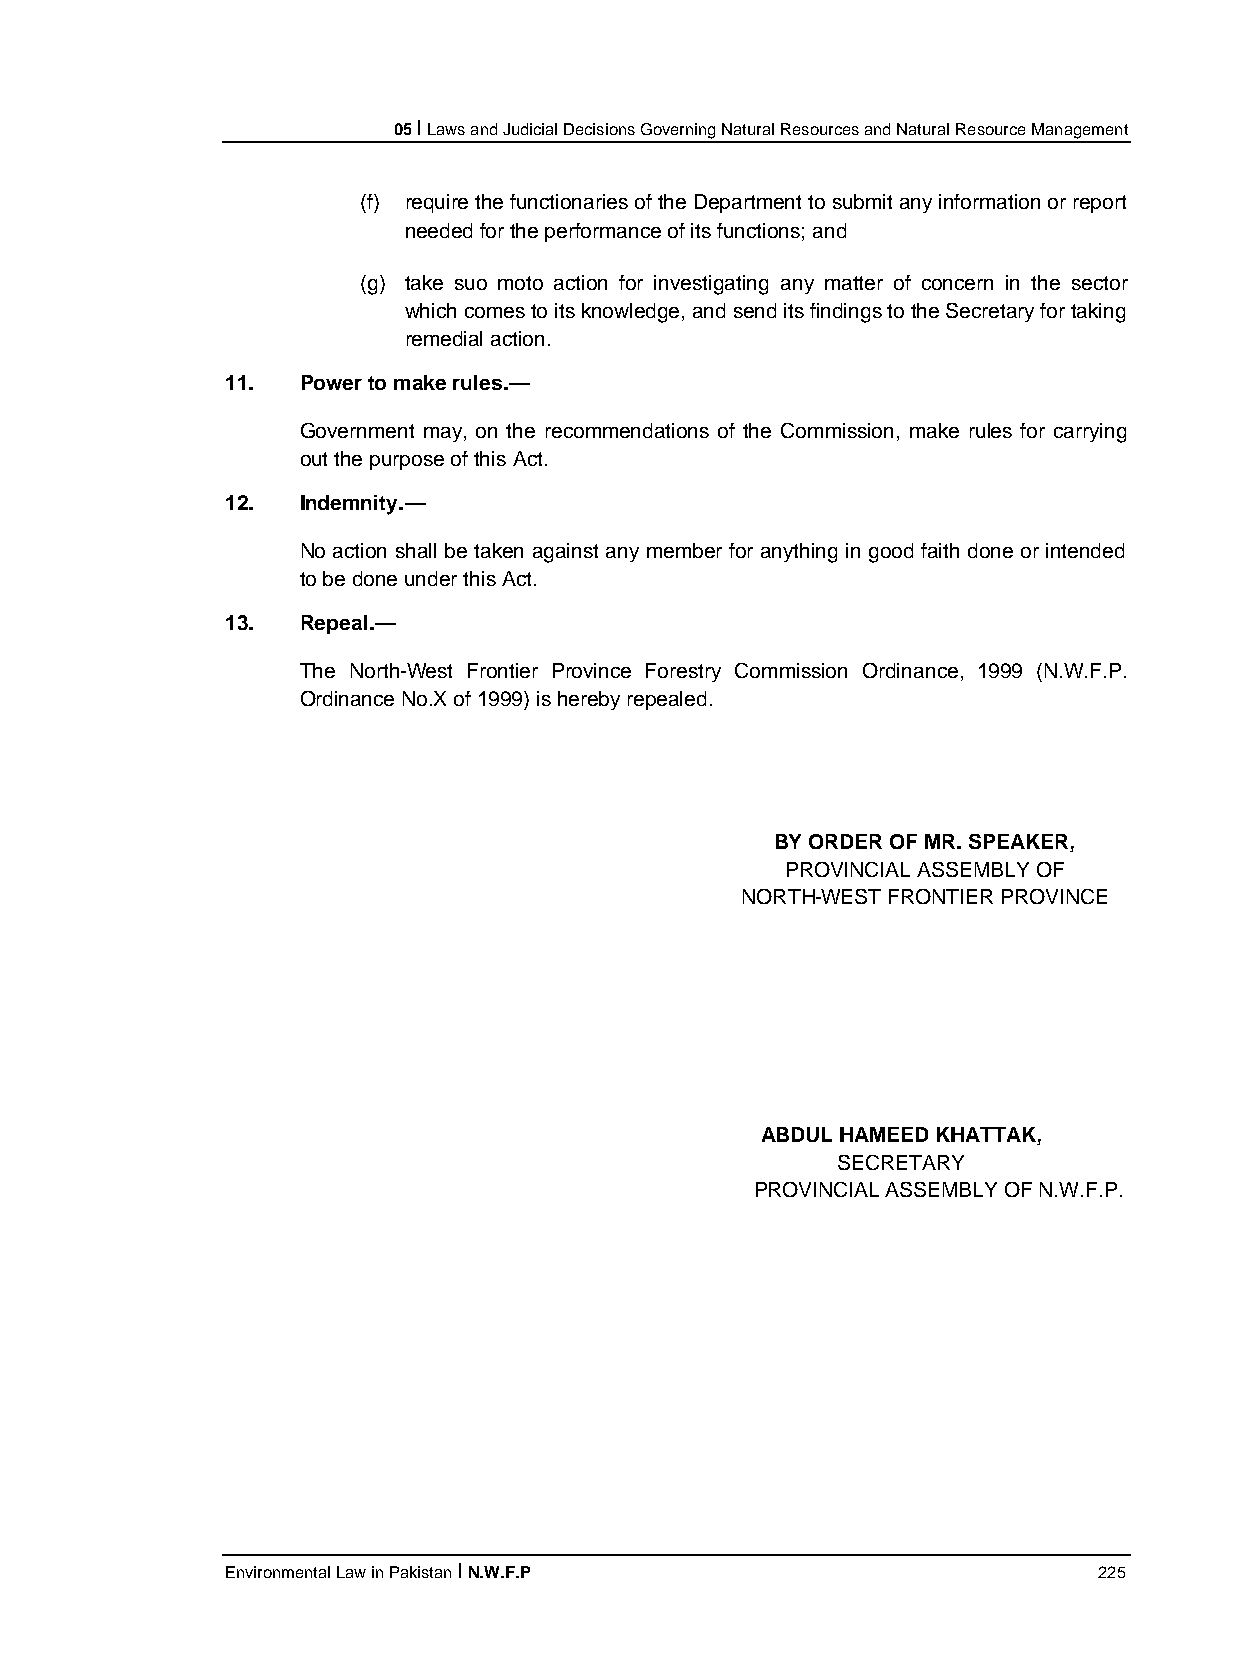
05 I Laws and Judicial Decisions Governing Natural Resources and Natural Resource Management
 (f) require the functionaries of the Department to submit any information or report
 needed for the performance of its functions; and
 (g) take suo moto action for investigating any matter of concern in the sector
 which comes to its knowledge, and send its findings to the Secretary for taking
 remedial action.
 11.  Power to make rules.—
 Government may, on the recommendations of the Commission, make rules for carrying
 out the purpose of this Act.
 12.  Indemnity.—
 No action shall be taken against any member for anything in good faith done or intended
 to be done under this Act.
 13.  Repeal.—
 The North-West Frontier Province Forestry Commission Ordinance, 1999 (N.W.F.P.
 Ordinance No.X of 1999) is hereby repealed.
 BY ORDER OF MR. SPEAKER,
 PROVINCIAL ASSEMBLY OF
 NORTH-WEST FRONTIER PROVINCE
 ABDUL HAMEED KHATTAK,
 SECRETARY
 PROVINCIAL ASSEMBLY OF N.W.F.P.
 Environmental Law in Pakistan I N.W.F.P                   225